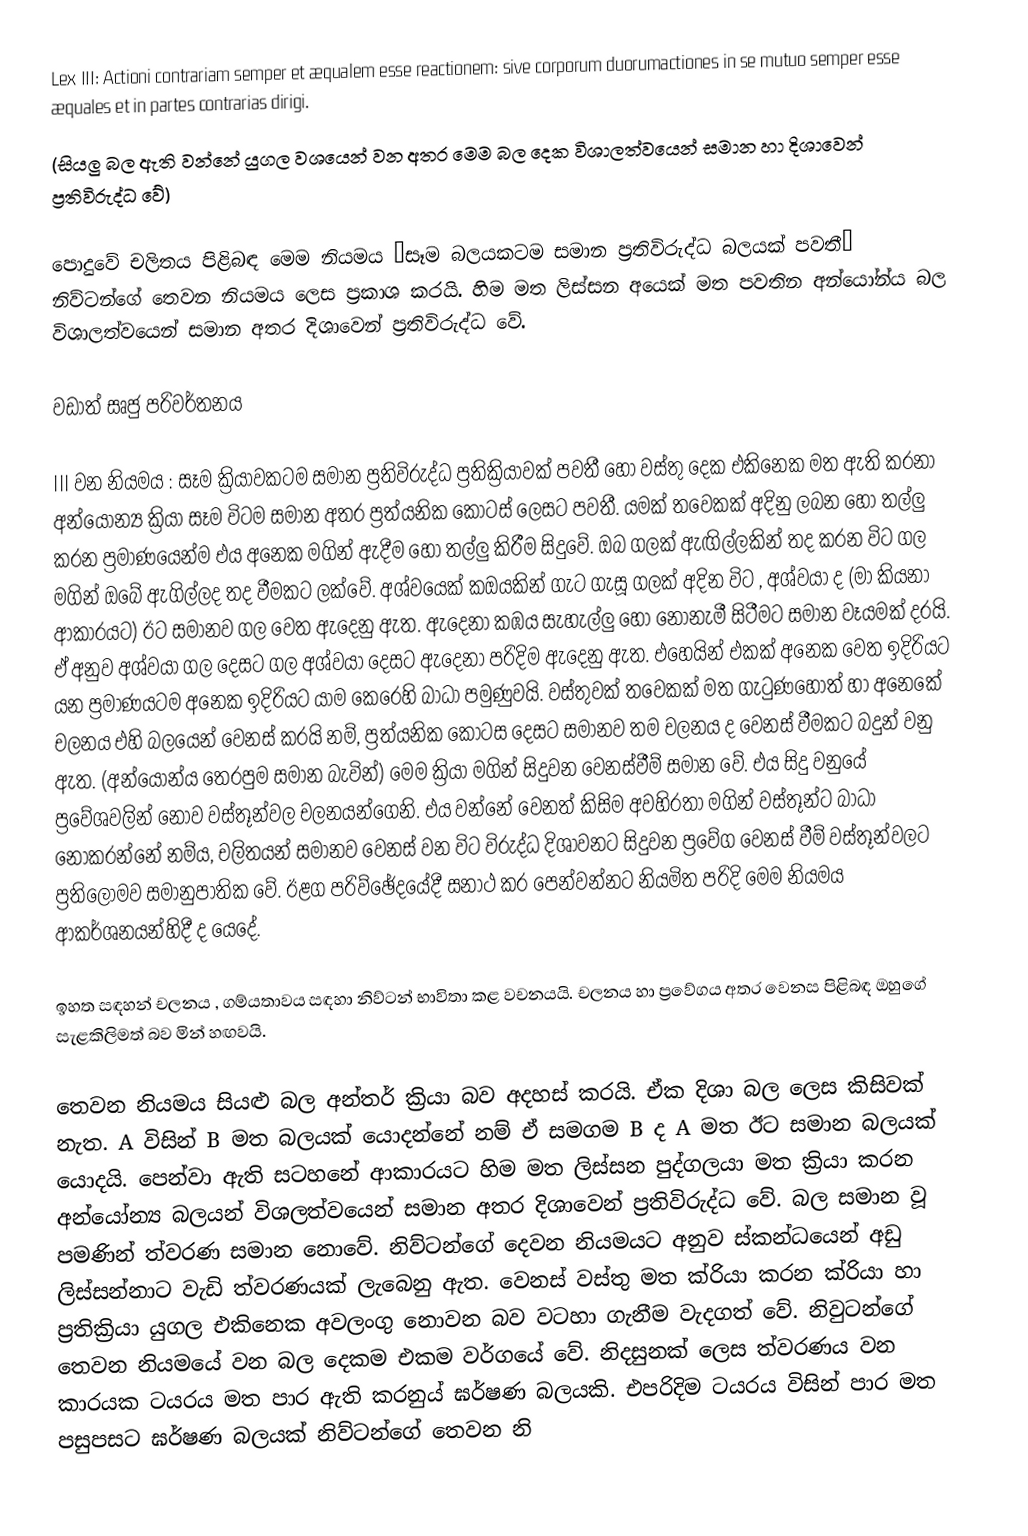
Lex III: Actioni contrariam semper et æqualem esse reactionem: sive corporum duorumactiones in se mutuo semper esse æquales et in partes contrarias dirigi.
(සියලු බල ඇති වන්නේ යුගල වශයෙන් වන අතර මෙම බල දෙක විශාලත්වයෙන් සමාන හා දිශාවෙන් ප්‍රතිවිරුද්ධ වේ)

පොදුවේ චලිතය පිළිබඳ මෙම නියමය ‘සෑම බලයකටම සමාන ප්‍රතිවිරුද්ධ බලයක් පවතී’ නිව්ටන්ගේ තෙවන නියමය ලෙස ප්‍රකාශ කරයි. හිම මත ලිස්සන අයෙක් මත පවතින අන්යෝන්ය බල විශාලත්වයෙන් සමාන අතර දිශාවෙන් ප්‍රතිවිරුද්ධ වේ.

වඩාත් සෘජු පරිවර්තනය

III  වන නියමය	: සෑම ක්‍රියාවකටම සමාන ප්‍රතිවිරුද්ධ ප්‍රතික්‍රියාවක් පවතී හෝ වස්තු දෙක එකිනෙක මත ඇති කරනා අන්යෝන්‍ය ක්‍රියා සෑම විටම සමාන අතර ප්‍රත්යනික කොටස් ලෙසට පවතී. යමක් තවෙකක් අදිනු ලබන හෝ තල්ලු කරන ප්‍රමාණයෙන්ම එය අනෙක මගින් ඇදීම හෝ තල්ලු කිරීම සිදුවේ. ඔබ ගලක් ඇඟිල්ලකින් තද කරන විට ගල මගින් ඔබේ ඇගිල්ලද තද වීමකට ලක්වේ. අශ්වයෙක් කඔයකින් ගැට ගැසූ ගලක් අදින විට , අශ්වයා ද (මා කියනා ආකාරයට) ඊට සමානව ගල වෙත ඇදෙනු ඇත. ඇදෙනා කඹය සැහැල්ලු හෝ නොනැමී සිටීමට සමාන වෑයමක් දරයි. ඒ අනුව අශ්වයා ගල දෙසට ගල අශ්වයා දෙසට ඇදෙනා පරිදිම ඇදෙනු ඇත. එහෙයින් එකක් අනෙක වෙත ඉදිරියට යන ප්‍රමාණයටම අනෙක ඉදිරියට යාම කෙරෙහි බාධා පමුණුවයි. වස්තුවක් තවෙකක් මත ගැටුණහොත් හා අනෙකේ චලනය එහි බලයෙන් වෙනස් කරයි නම්, ප්‍රත්යනික කොටස දෙසට සමානව තම චලනය ද වෙනස් වීමකට බදුන් වනු ඇත. (අන්යෝන්ය තෙරපුම සමාන බැවින්)  මෙම ක්‍රියා මගින් සිදුවන වෙනස්වීම් සමාන වේ. එය සිදු වනුයේ ප්‍රවේශවලින් නොව වස්තූන්වල චලනයන්ගෙනි. එය වන්නේ වෙනත්  කිසිම අවහිරතා මගින් වස්තූන්ට බාධා නොකරන්නේ නම්ය, චලිතයන් සමානව වෙනස් වන විට විරුද්ධ දිශාවනට සිදුවන ප්‍රවේග වෙනස් වීම් වස්තූන්වලට ප්‍රතිලෝමව සමානුපාතික වේ. ඊළග පරිව්ඡේදයේදී සනාථ කර පෙන්වන්නට නියමිත පරිදි මෙම නියමය ආකර්ශනයන්හිදී ද යෙදේ.

ඉහත සඳහන්  චලනය , ගම්යතාවය සඳහා නිව්ටන් භාවිතා කළ වචනයයි. චලනය හා ප්‍රවේගය අතර වෙනස පිළිබඳ ඔහුගේ සැළකිලිමත් බව මින් හඟවයි.

තෙවන නියමය සියළු බල අන්තර් ක්‍රියා බව අදහස් කරයි. ඒක දිශා බල ලෙස කිසිවක් නැත. A  විසින් B  මත බලයක් යොදන්නේ නම් ඒ සමගම B ද A මත ඊට සමාන බලයක් යොදයි. පෙන්වා ඇති සටහනේ ආකාරයට හිම මත ලිස්සන පුද්ගලයා මත ක්‍රියා කරන අන්යෝන්‍ය බලයන් විශලත්වයෙන් සමාන අතර දිශාවෙන් ප්‍රතිවිරුද්ධ වේ. බල සමාන වූ පමණින් ත්වරණ සමාන නොවේ. නිව්ටන්ගේ දෙවන නියමයට අනුව ස්කන්ධයෙන් අඩු ලිස්සන්නාට වැඩි ත්වරණයක් ලැබෙනු ඇත.  වෙනස් වස්තු මත ක්රියා කරන ක්රියා හා ප්‍රතික්‍රියා යුගල එකිනෙක අවලංගු නොවන බව වටහා ගැනීම වැදගත් වේ. නිවුටන්ගේ තෙවන නියමයේ වන බල දෙකම එකම වර්ගයේ වේ. නිදසුනක් ලෙස ත්වරණය වන කාරයක ටයරය මත පාර ඇති කරනුය් ඝර්ෂණ බලයකි. එපරිදිම ටයරය විසින් පාර මත පසුපසට ඝර්ෂණ බලයක් නිව්ටන්ගේ තෙවන නි